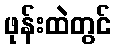
ဖုန်းထဲတွင်